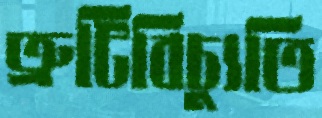
ত্রুটিবিচ্যুতি